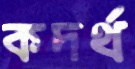
কদর্থ